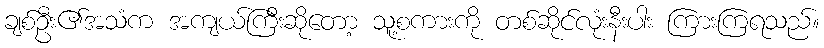
ချစ်ဦး၏အသံက အကျယ်ကြီးဆိုတော့ သူ့စကားကို တစ်ဆိုင်လုံးနီးပါး ကြားကြရသည်။